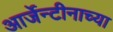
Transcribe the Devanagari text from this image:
आर्जेन्टीनाच्या